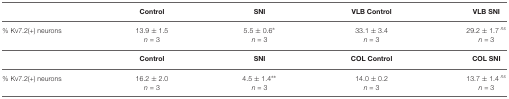
<table><thead><tr><td></td><td><b>Control</b></td><td><b>SNI</b></td><td><b>VLB Control</b></td><td><b>VLB SNI</b></td></tr></thead><tbody><tr><td>% Kv7.2(+) neurons</td><td>13.9 ± 1.5</td><td>5.5 ± 0.6<sup>*</sup></td><td>33.1 ± 3.4</td><td>29.2 ± 1.7 <sup>ns</sup></td></tr><tr><td></td><td><i>n</i> = 3</td><td><i>n</i> = 3</td><td><i>n</i> = 3</td><td><i>n</i> = 3</td></tr><tr><td></td><td>Control</td><td>SNI</td><td>COL Control</td><td>COL SNI</td></tr><tr><td>% Kv7.2(+) neurons</td><td>16.2 ± 2.0</td><td>4.5 ± 1.4<sup>**</sup></td><td>14.0 ± 0.2</td><td>13.7 ± 1.4 <sup>ns</sup></td></tr><tr><td></td><td><i>n</i> = 3</td><td><i>n</i> = 3</td><td><i>n</i> = 3</td><td><i>n</i> = 3</td></tr></tbody></table>